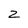
Character: Z